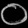
Digit: ၀